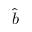
\hat { b }